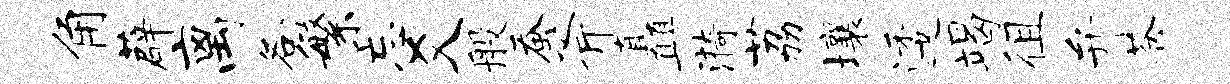
角薜离各繁忘爻般蚕斧矗漪荔壤逶竭徂弁苍